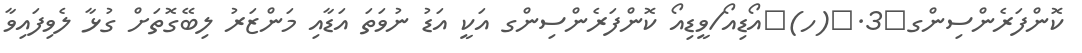
ކޮންފަރެންސިންގ	3.	(ހ)	އޯޑިއޯ/ވީޑިއޯ ކޮންފަރެންސިންގ އަކީ އަޑު ނުވަތަ އަޑާއި މަންޒަރު ލިބޭގޮތަށް ގުޅާ ލެވިފައިވާ